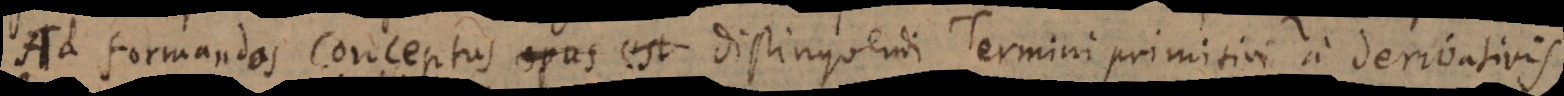
Ad formandos Conceptus distinguendi Termini primitivi a derivativis